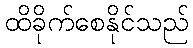
ထိခိုက်စေနိုင်သည်